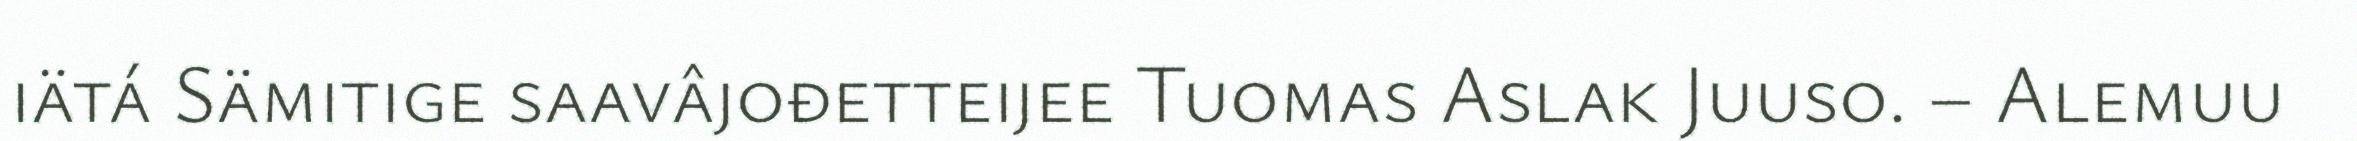
iätá Sämitige saavâjođetteijee Tuomas Aslak Juuso. – Alemuu